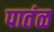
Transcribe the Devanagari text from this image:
पातंळ